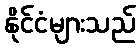
နိုင်ငံများသည်